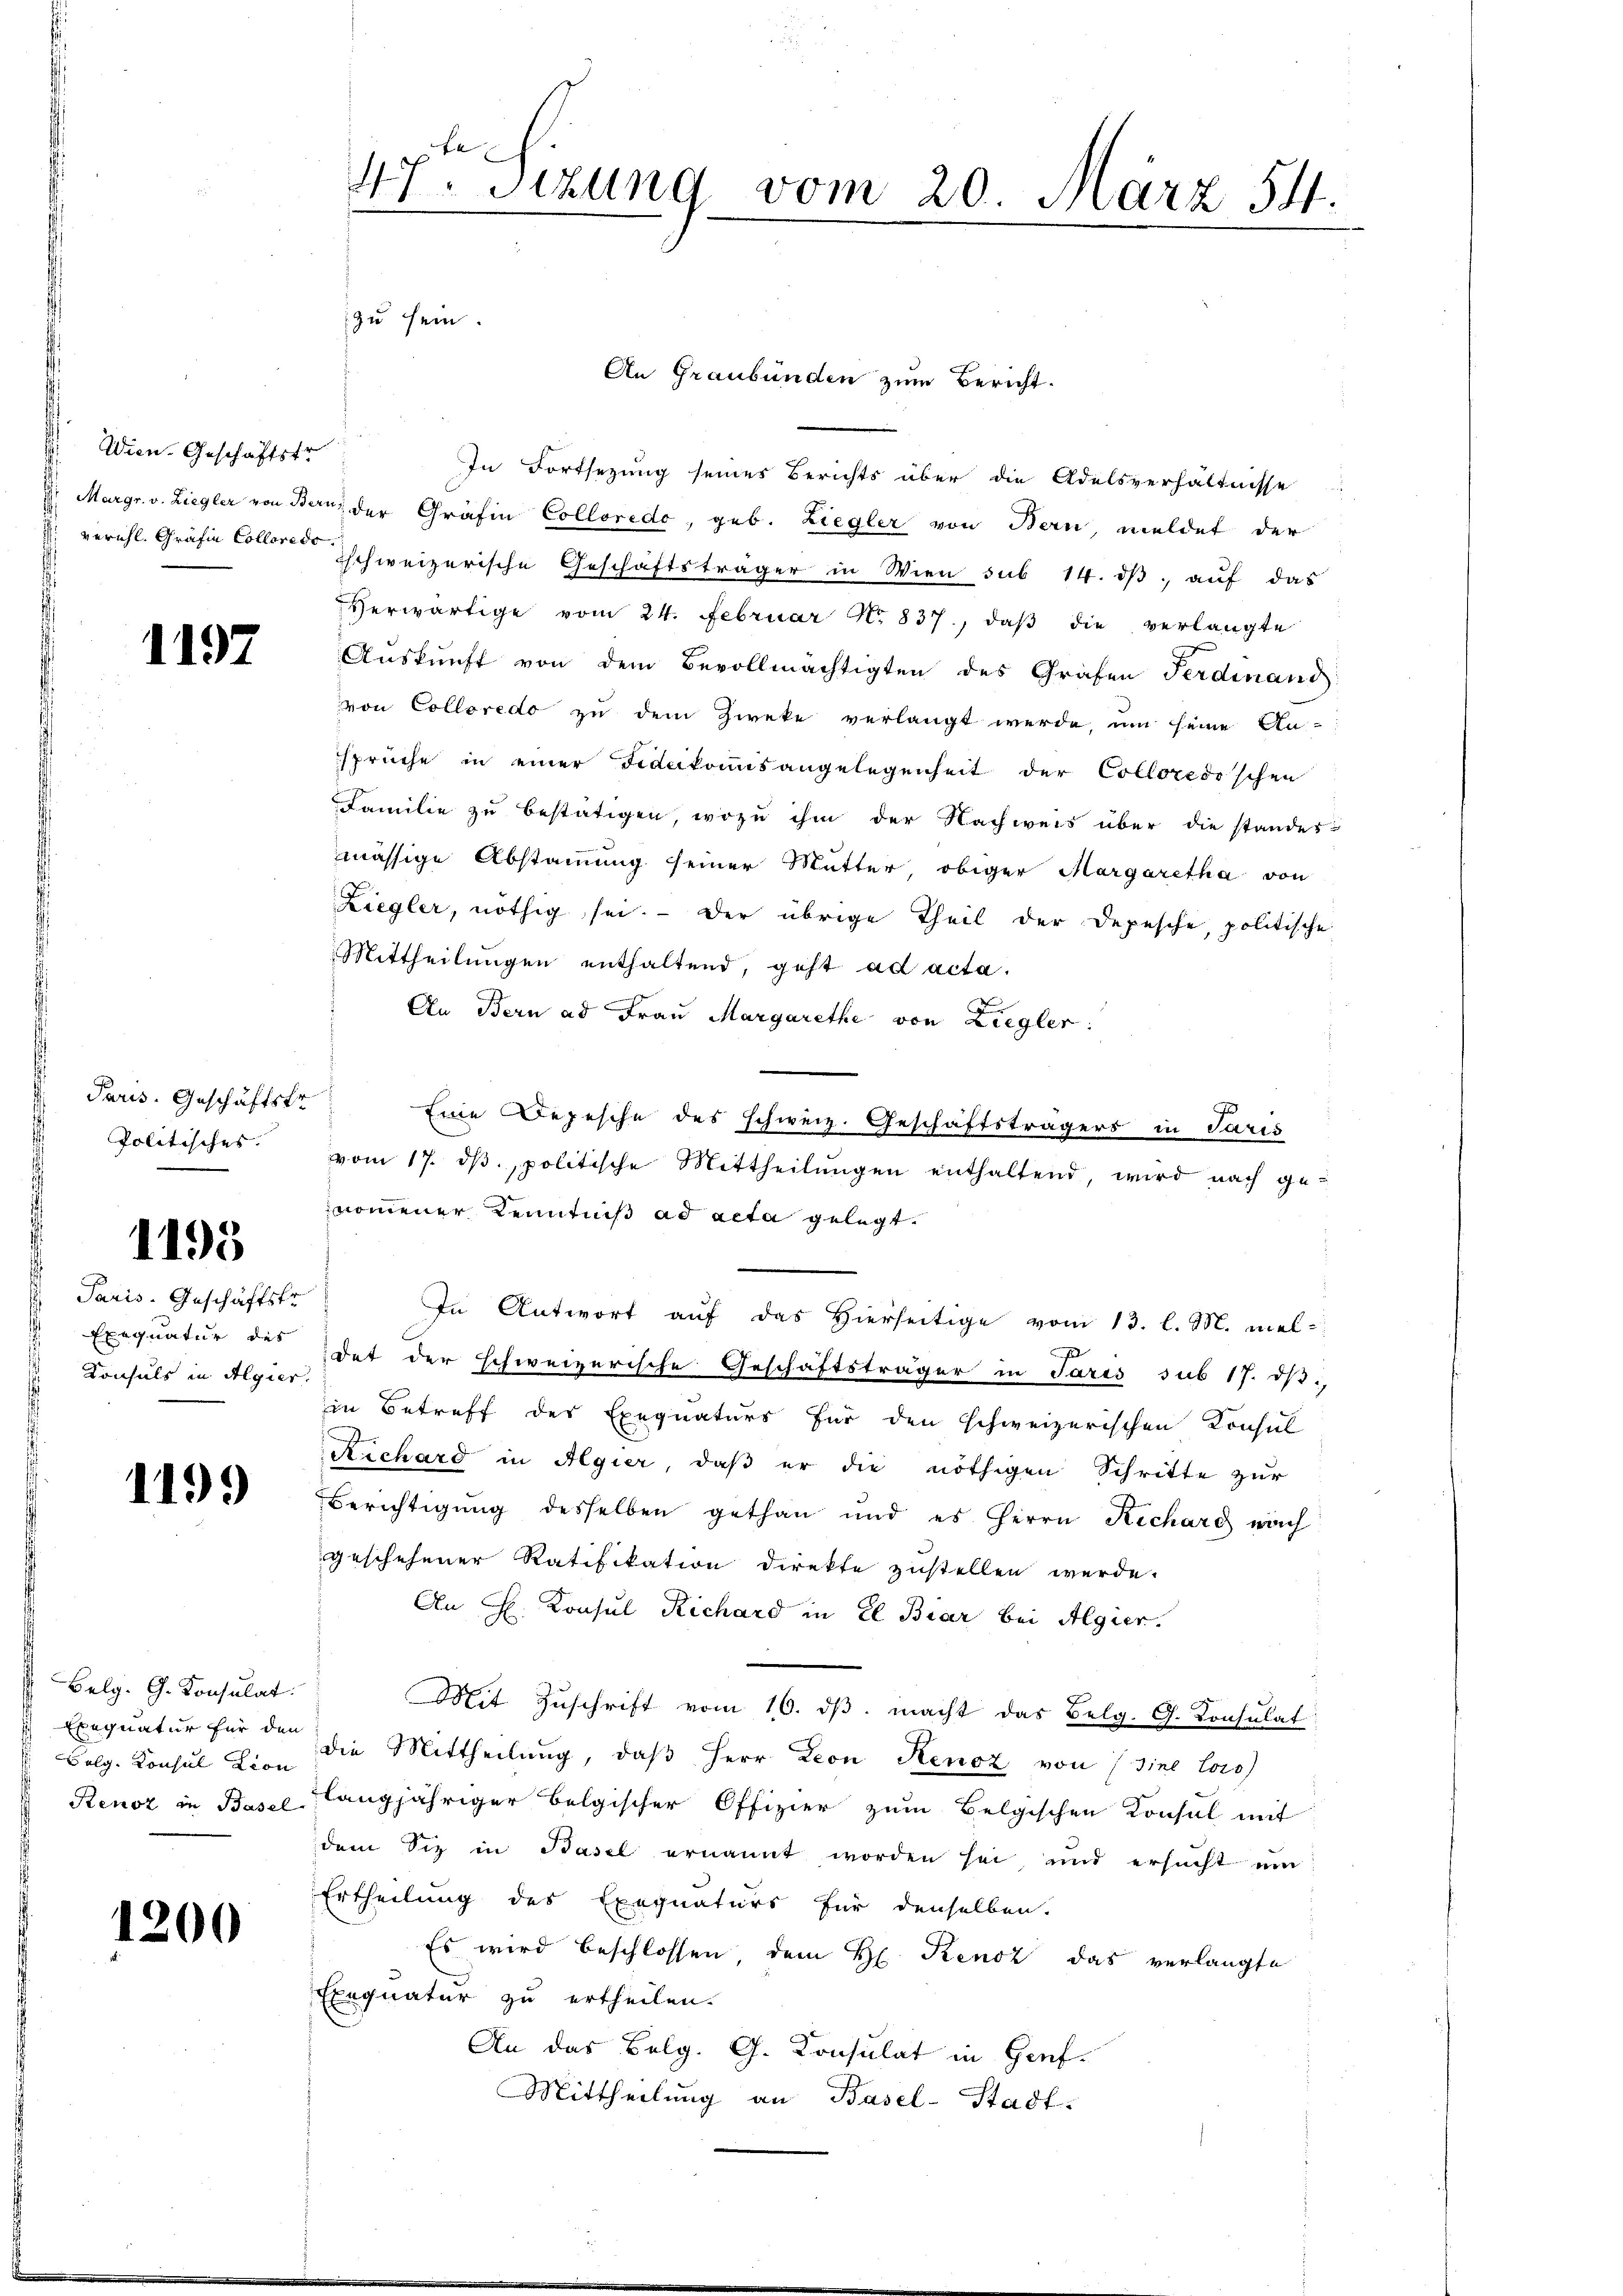
Ain Geschäftstr

1197

Paris. Geschäftskr
Politisches.

1195

Paris. Geschäftstr
Konsuls in Algier

1199

Belg. G. Konsulat
Exequatur für den

1200

An Graubünden zum Bericht.
In Fortsezung seines Berichts über die Adelsverhältnisse
 Margr. v. Liegler von Benz der Gräfin Colloredo, geb. Liegler von Bern, meldet der
verehl. Gräfin Colleres schweizerische Geschäftsträger in Wien sub 14. dβ, auf das
Herwärtige vom 24. Februar No 837., daβ die verlangte
Aŭskŭnft von dem Bevollmächtigten des Grafen Ferdinand
von Colloredo zu dem Zweke verlangt werde, um seine An-
sprüche in einer Fideikommis angelegenheit der Colloresischen
Familie zu bestätigen, wozu ihm der Nachweis über die standes
mässige Abstammung seiner Mutter, obiger Margaretha von
Ziegler, nöthig sei. - Der übrige Theil der Depesche, politische
Mittheilungen enthaltend, geht ad acta.
An Bern ad Frau Margarethe von Ziegler:
Eine Depesche des schweiz. Geschäftsträgers in Paris
vom 17. dβ, politische Mittheilungen enthaltend, wird nach genommener Kenntniß ad acta gelegt.
In Antwort auf das Hierseitige vom 13. l. M. mel¬
Exequatur des dat der schweizerische Geschäftsträger in Paris sub 17. dß.
in Betreff des Exequaturs für den schweizerischen Konsul
Richard in Algier, daß er die nöthigen Schritte zur
Berichtigung desselben gethan und es Herrn Recharg nach
geschehener Ratifikation direkte zustellen werde.
An H. Konsul Richard in El Biar bei Algier.
Mit Zuschrift vom 16. ds. macht das Belg. G. Konsulat
Bolg. Konsul in die Mittheilung, daß Herr Leon Renoz von sine loro
Renoz in Basel langjähriger belgischer Offizier zum Belgischen Konsul mit
dem Siz in Basel ernannt worden sei, und ersucht um
Ertheilung des Exequaturs für denselben.
Es wird beschlossen dem H. Kenoz das verlangte
Exequatur zu ertheilen.
An das Belg. G. Konsulat in Genf¬
Mittheilung an Basel-Stadt.

47ten Sizung vom 20. März 54.

zu sein.